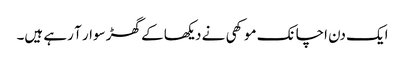
ایک دن اچانک موکھی نے دیکھا کے گھڑ سوار آ رہے ہیں۔